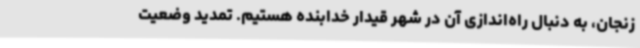
زنجان، به ‌دنبال راه‌اندازی آن در شهر قیدار خدابنده هستیم. تمدید وضعیت